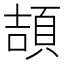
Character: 頡